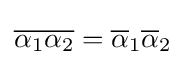
{\overline {\alpha _{1}\alpha _{2}}}={\overline {\alpha }}_{1}{\overline {\alpha }}_{2}